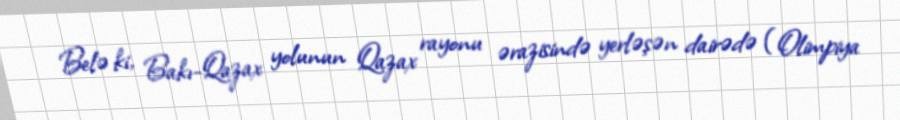
Belə ki, Bakı-Qazax yolunun Qazax rayonu ərazisində yerləşən dairədə (Olimpiya